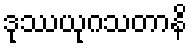
ဒုဿယုဂသတာနိ